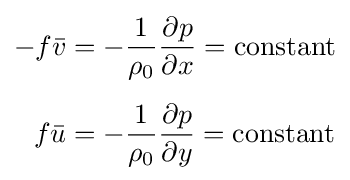
{\begin{aligned}-f{\bar {v}}&=-{\frac {1}{\rho _{0}}}{\frac {\partial p}{\partial x}}={\text{constant}}\\[5pt]f{\bar {u}}&=-{\frac {1}{\rho _{0}}}{\frac {\partial p}{\partial y}}={\text{constant}}\end{aligned}}